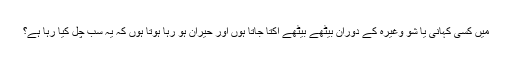
میَں کسی کہانی یا شو وغیرہ کے دوران بیٹھے بیٹھے اکتا جاتا ہوں اور حیران ہو رہا ہوتا ہوں کہ یہ سب چل کیا رہا ہے؟